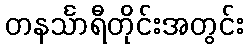
တနင်္သာရီတိုင်းအတွင်း